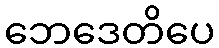
ဘေဒေတိပေ